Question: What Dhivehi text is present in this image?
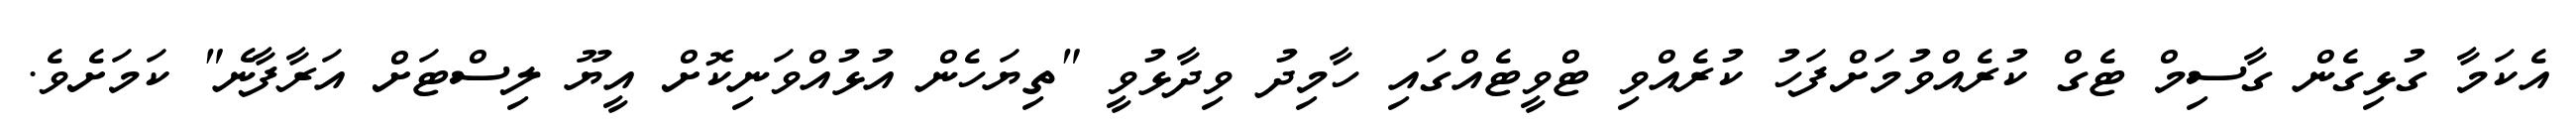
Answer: އެކަމާ ގުޅިގެން ގާސިމް ޓެގް ކުރެއްވުމަށްފަހު ކުރެއްވި ޓްވީޓެއްގައި ހާމިދު ވިދާޅުވީ "ތިޔަހެން އުޅުއްވަނިކޮށް އީޔޫ ލިސްޓަށް އަރާފާނެ" ކަމަށެވެ.